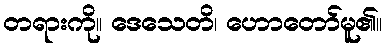
တရားကို။ ဒေသေတိ၊ ဟောတော်မူ၏။